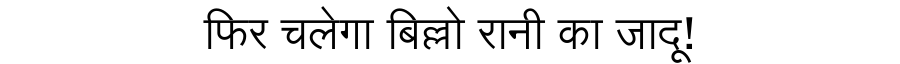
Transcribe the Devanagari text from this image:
फिर चलेगा बिल्लो रानी का जादू!